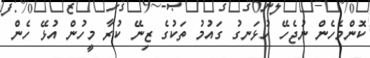
ކޮންމެހެން ނުޖެހޭ ހުޅަނގު ގައުމު ތަކުގެ ޒިނޭ ކުރާ މީހުން އުޅޭ ހެން